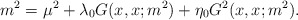
\begin{align*}m^2 = \mu^2 + \lambda_0 G(x,x;m^2) + \eta_0 G^2(x,x;m^2).\end{align*}